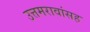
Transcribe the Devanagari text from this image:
उत्तमरावांसह